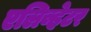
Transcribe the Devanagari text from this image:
एलिव्हेटर